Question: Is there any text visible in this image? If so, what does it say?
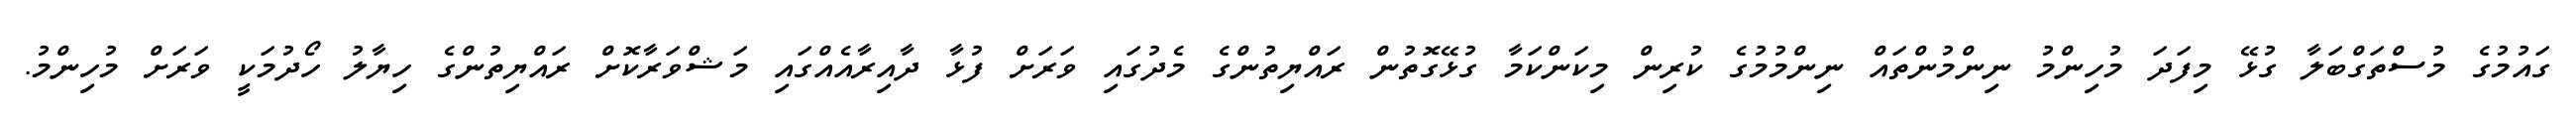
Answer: ގައުމުގެ މުސްތަގްބަލާ ގުޅޭ މިފަދަ މުހިންމު ނިންމުންތައް ނިންމުމުގެ ކުރިން މިކަންކަމާ ގުޅޭގޮތުން ރައްޔިތުންގެ މެދުގައި ވަރަށް ފުޅާ ދާއިރާއެއްގައި މަޝްވަރާކޮށް ރައްޔިތުންގެ ހިޔާލު ހޯދުމަކީ ވަރަށް މުހިންމު.